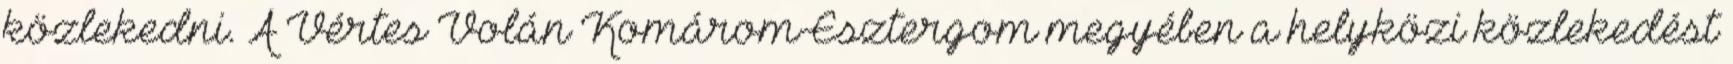
közlekedni. A Vértes Volán Komárom-Esztergom megyében a helyközi közlekedést